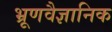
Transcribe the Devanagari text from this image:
भ्रूणवैज्ञानिक